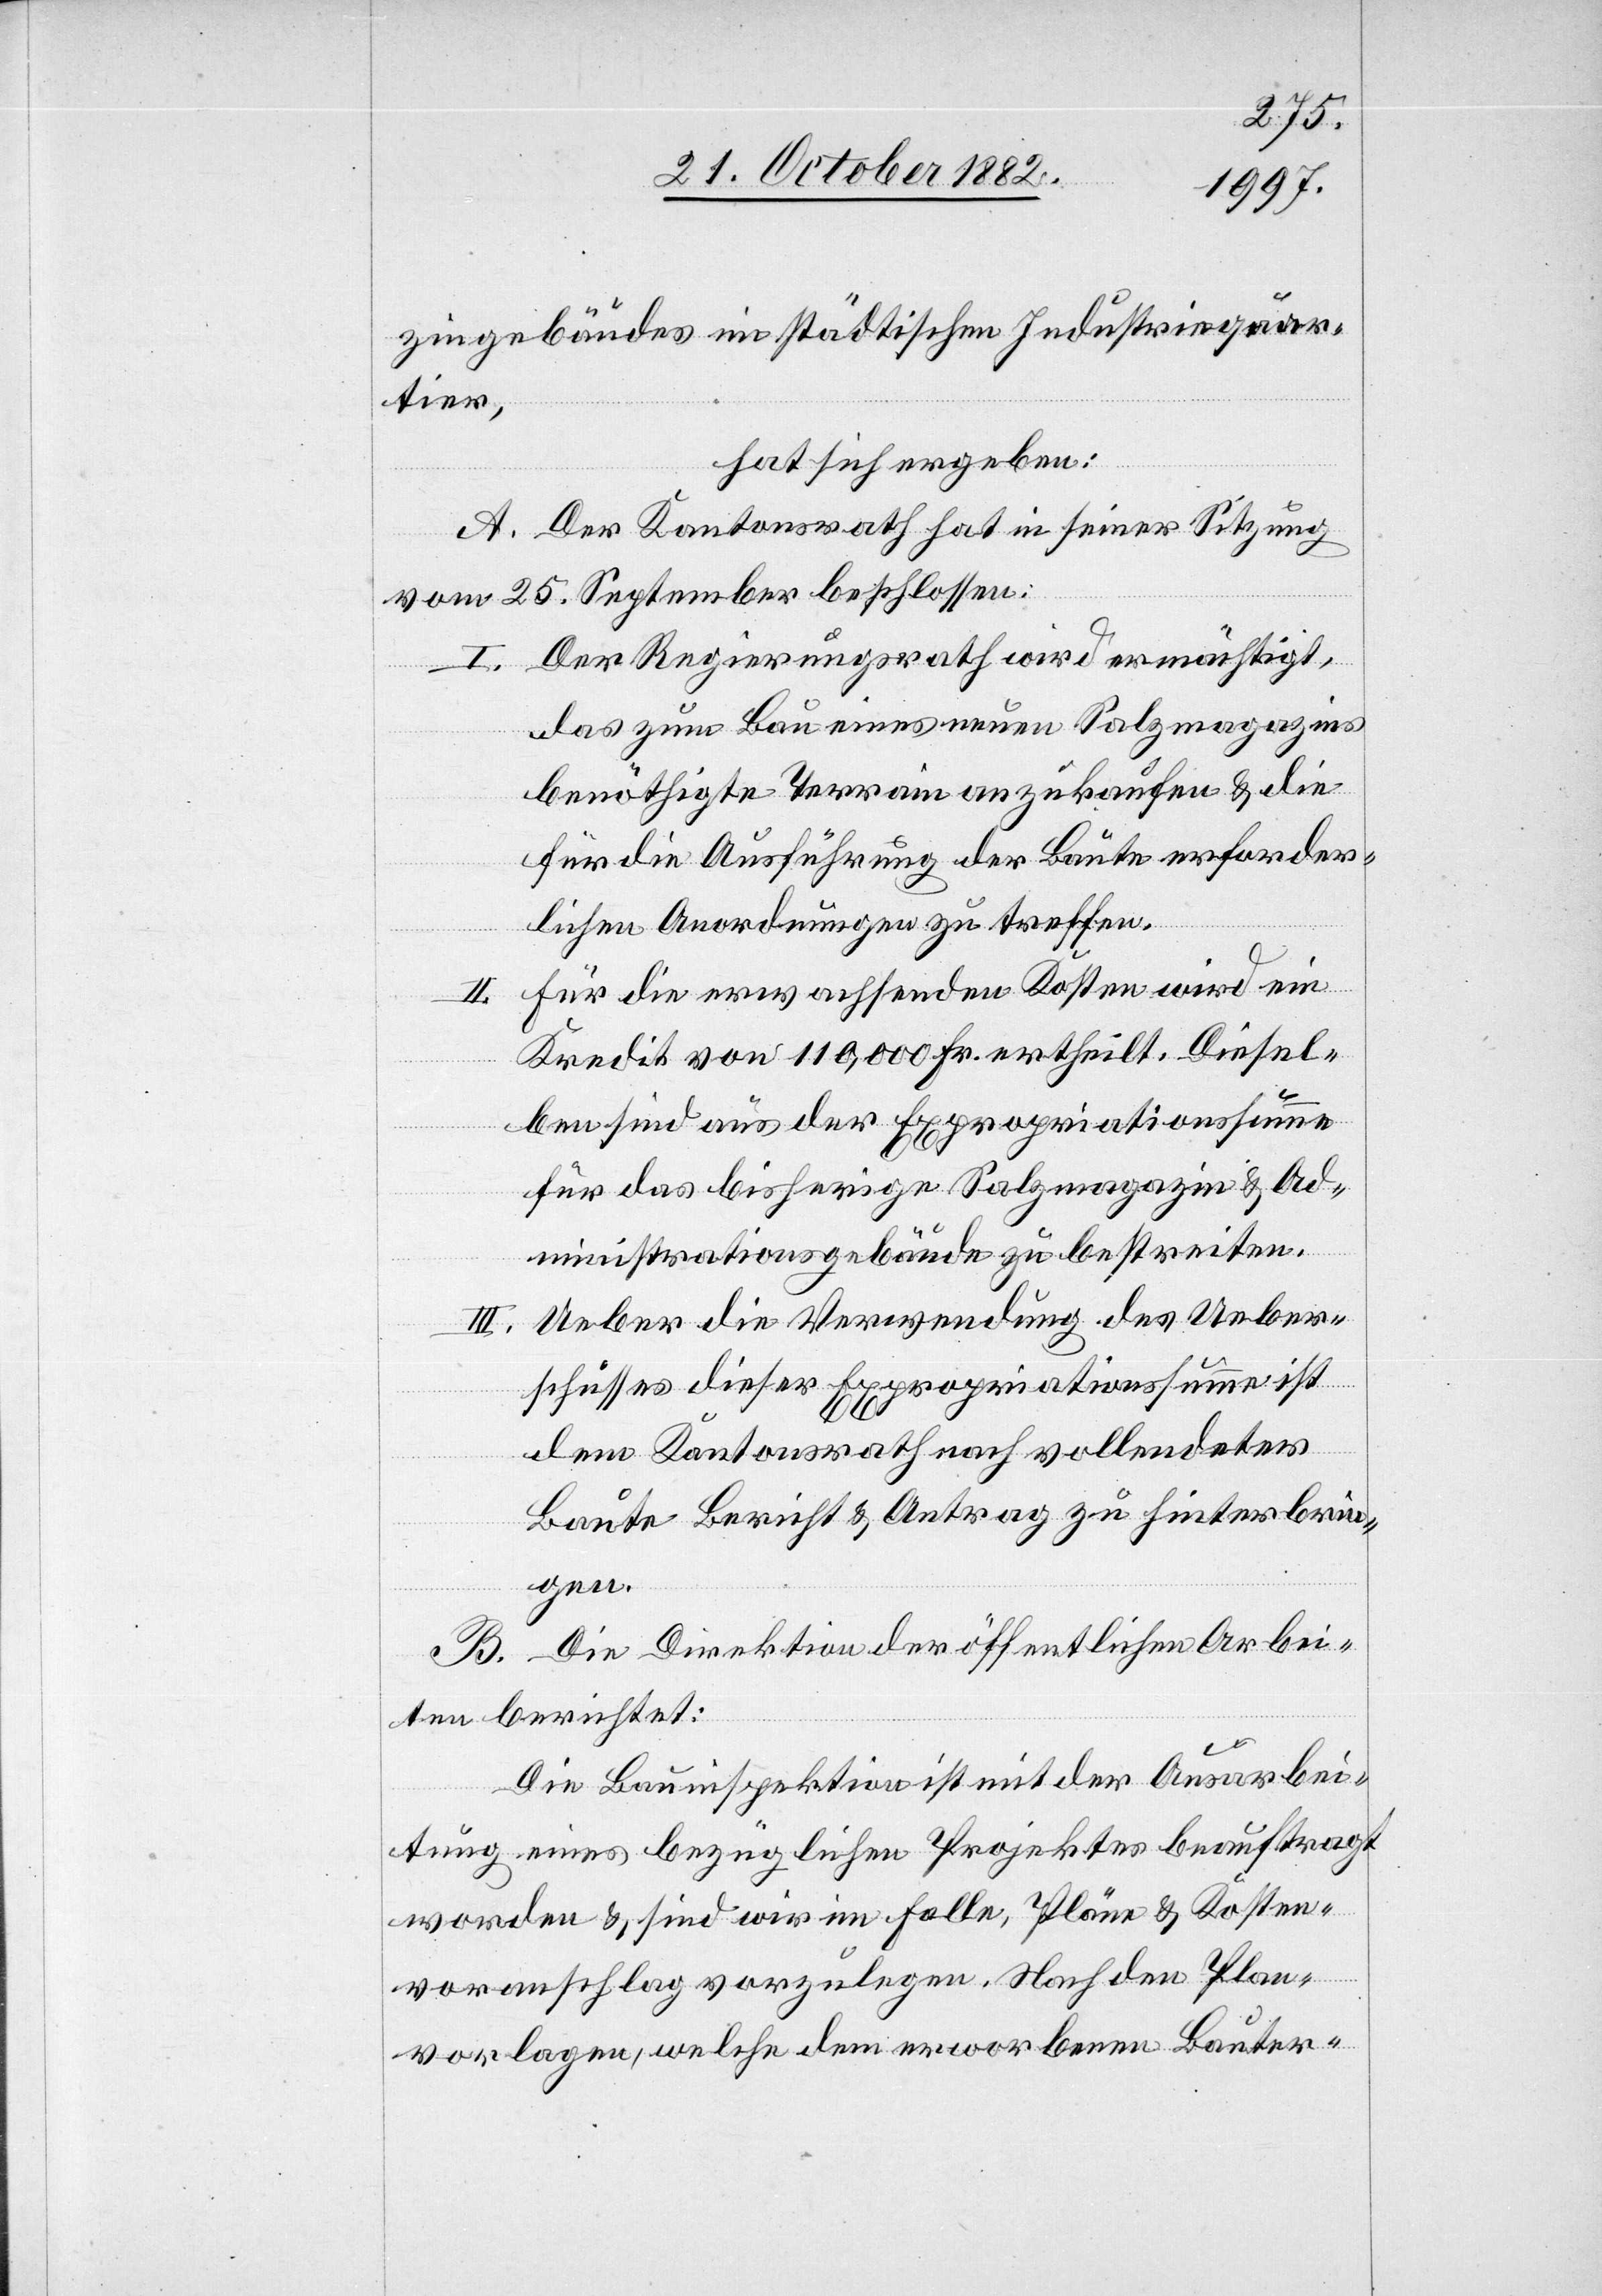
zingebäudes im städtischen Industriequar¬
tier,
hat sich ergeben:
A: Der Kantonsrath hat in seiner Sitzung
vom 25. September beschlossen:
I. Der Regierungsrath wird ermächtigt,
das zum Bau eines neuen Salzmagazins
benöthigte Terrain anzukaufen & die
für die Ausführung der Baute erforder¬
lichen Anordnungen zu treffen.
Für die erwachsenden Kosten wird ein
Kredit von 110,000 Fr. ertheilt. Diesel¬
ben sind aus der Expropriationssumme
für das bisherige Salzmagazin & Ad¬
ministrationsgebäude zu bestreiten.
Ueber die Verwendung des Ueber¬
schusses dieser Expropriationssumme ist
dem Kantonsrathe nach vollendeter
Baute Bericht & Antrag zu hinterbrin¬
gen.
B: Die Direktion der öffentlichen Arbei¬
ten berichtet:
Die Bauinspektion ist mit der Ausarbei¬
tung eines bezüglichen Projektes beauftragt
worden & sind wir im Falle, Pläne & Kosten¬
voranschlag vorzulegen. Nach den Plan¬
vorlagen, welche dem erworbenen Bauter-